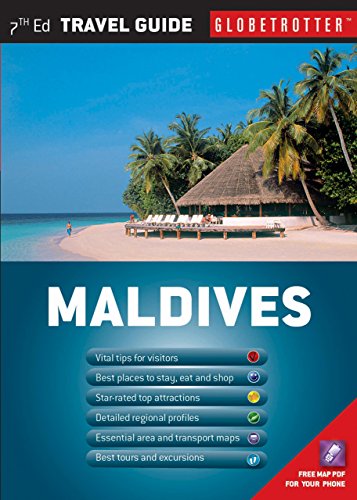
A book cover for Maldives Travel Pack, 7th (Globetrotter Travel Packs); Stefania Lamberti; Travel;